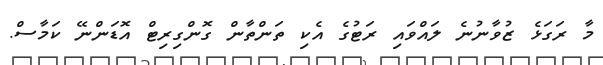
މާ ރަގަޅެ ޒުވާނުނެ ލައްވައި ރަޓުގެ އެކި ތަންތާން ގޮންގިރިޓް އޮޑަންނޭ ކަމާސް.